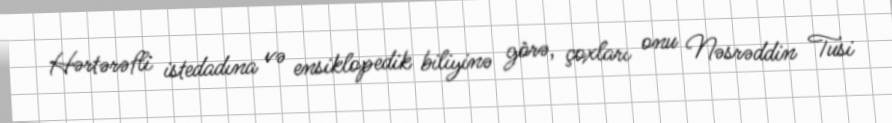
Hərtərəfli istedadına və ensiklopedik biliyinə görə, çoxları onu Nəsrəddin Tusi